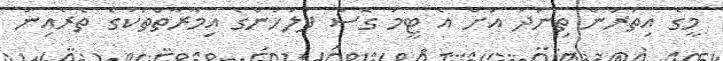
މީގެ އިތުރުން ތިނަދު އަށް އެ ޓީމު ގޮސް ފުލުހުންގެ އިމާރާތްތަކުގެ ތެރެއިން